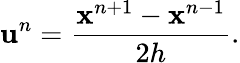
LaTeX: \mathbf{u}^{n}=\frac{\mathbf{x}^{n+1}-\mathbf{x}^{n-1}}{2h}.